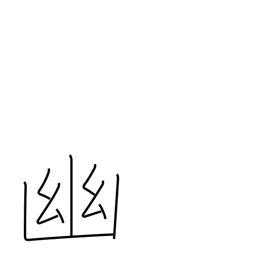
Meaning: seclude